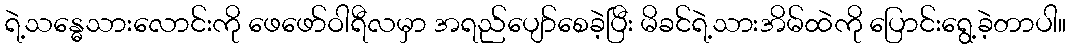
ရဲ့သန္ဓေသားလောင်းကို ဖေဖော်ဝါရီလမှာ အရည်ပျော်စေခဲ့ပြီး မိခင်ရဲ့သားအိမ်ထဲကို ပြောင်းရွေ့ခဲ့တာပါ။